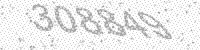
Solution: 308849